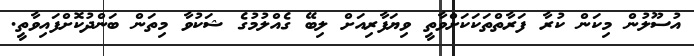
އުސޫލުން މިކަން ކުރާ ފަރާތްތަކަކަށްވާތީ ވިޔަފާރިއަށް ލިބޭ ގެއްލުމުގެ ޝަކުވާ މިތަން ބަންދުކޮށްފައިވާތީ.